Report on plague and inoculation in the Punjab from October 1st ... to September 30th..., being the ... season of plague in the province
Disease focus: Plague
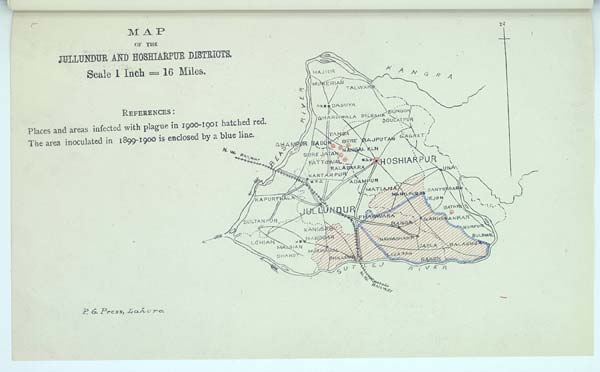
MAP
OF THE
JULLUNDUR AND HOSHIARPUR DISTRICTS.
Scale 1 Inch = 16 Miles.
REFERENCES :
Places and areas infected with plague in 1900-1901 hatched red.
The area inoculated in 1899-1900 is enclosed by a blue line.